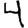
Digit: 4